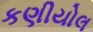
કણીયોલ